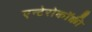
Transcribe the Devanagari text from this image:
एन्टेरोकॉक्की